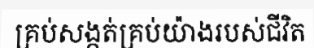
គ្រប់សង្កត់គ្រប់យ៉ាងរបស់ជីវិត